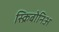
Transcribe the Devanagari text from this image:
स्क्रिबोनिअ